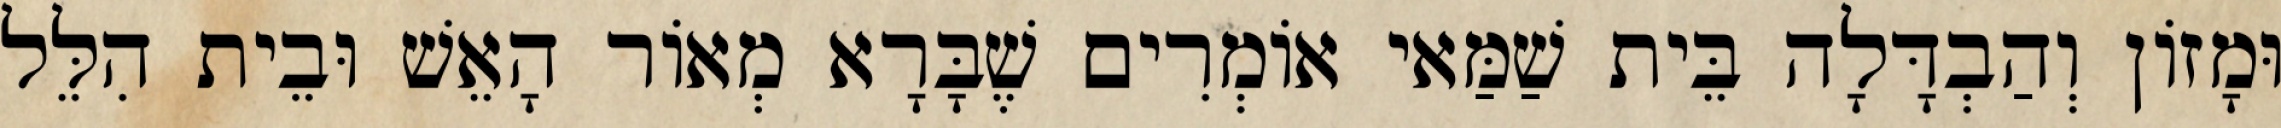
וּמָזוֹן וְהַבְדָּלָה בֵּית שַׁמַּאי אוֹמְרִים שֶׁבָּרָא מְאוֹר הָאֵשׁ וּבֵית הִלֵּל